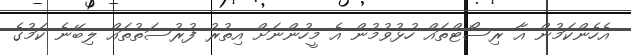
އެހެންކަމުން އާ ރިސޯޓްތައް ހުޅުވުމުން އެ މީހުންނަށް އިތުރު ފުރުސަތުތައް ލިބޭނެ ކަމުގެ